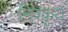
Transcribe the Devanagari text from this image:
निश्कृय